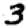
Digit: 3